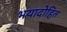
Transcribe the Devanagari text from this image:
भयादोहित